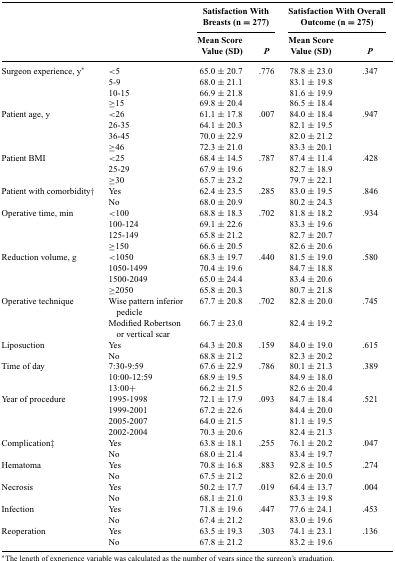
<table><thead><tr><td></td><td></td><td colspan="2"><b>Satisfaction With Breasts (n = 277)</b></td><td colspan="2"><b>Satisfaction With Overall Outcome (n = 275)</b></td></tr><tr><td></td><td></td><td><b>Mean Score Value (SD)</b></td><td><b><i>P</i></b></td><td><b>Mean Score Value (SD)</b></td><td><b><i>P</i></b></td></tr></thead><tbody><tr><td>Surgeon experience, y*</td><td>&lt;5</td><td>65.0 ± 20.7</td><td>.776</td><td>78.8 ± 23.0</td><td>.347</td></tr><tr><td></td><td>5-9</td><td>68.0 ± 21.1</td><td></td><td>83.1 ± 19.8</td><td></td></tr><tr><td></td><td>10-15</td><td>66.9 ± 21.8</td><td></td><td>81.6 ± 19.9</td><td></td></tr><tr><td></td><td>≥15</td><td>69.8 ± 20.4</td><td></td><td>86.5 ± 18.4</td><td></td></tr><tr><td>Patient age, y</td><td>&lt;26</td><td>61.1 ± 17.8</td><td>.007</td><td>84.0 ± 18.4</td><td>.947</td></tr><tr><td></td><td>26-35</td><td>64.1 ± 20.3</td><td></td><td>82.1 ± 19.5</td><td></td></tr><tr><td></td><td>36-45</td><td>70.0 ± 22.9</td><td></td><td>82.0 ± 21.2</td><td></td></tr><tr><td></td><td>≥46</td><td>72.3 ± 21.0</td><td></td><td>83.3 ± 20.1</td><td></td></tr><tr><td>Patient BMI</td><td>&lt;25</td><td>68.4 ± 14.5</td><td>.787</td><td>87.4 ± 11.4</td><td>.428</td></tr><tr><td></td><td>25-29</td><td>67.9 ± 19.6</td><td></td><td>82.7 ± 18.9</td><td></td></tr><tr><td></td><td>≥30</td><td>65.7 ± 23.2</td><td></td><td>79.7 ± 22.1</td><td></td></tr><tr><td>Patient with comorbidity†</td><td>Yes</td><td>62.4 ± 23.5</td><td>.285</td><td>83.0 ± 19.5</td><td>.846</td></tr><tr><td></td><td>No</td><td>68.0 ± 20.9</td><td></td><td>80.2 ± 24.3</td><td></td></tr><tr><td>Operative time, min</td><td>&lt;100</td><td>68.8 ± 18.3</td><td>.702</td><td>81.8 ± 18.2</td><td>.934</td></tr><tr><td></td><td>100-124</td><td>69.1 ± 22.6</td><td></td><td>83.3 ± 19.6</td><td></td></tr><tr><td></td><td>125-149</td><td>65.8 ± 21.2</td><td></td><td>82.7 ± 20.7</td><td></td></tr><tr><td></td><td>≥150</td><td>66.6 ± 20.5</td><td></td><td>82.6 ± 20.6</td><td></td></tr><tr><td>Reduction volume, g</td><td>&lt;1050</td><td>68.3 ± 19.7</td><td>.440</td><td>81.5 ± 19.0</td><td>.580</td></tr><tr><td></td><td>1050-1499</td><td>70.4 ± 19.6</td><td></td><td>84.7 ± 18.8</td><td></td></tr><tr><td></td><td>1500-2049</td><td>65.0 ± 24.4</td><td></td><td>83.4 ± 20.6</td><td></td></tr><tr><td></td><td>≥2050</td><td>65.8 ± 20.3</td><td></td><td>80.7 ± 21.8</td><td></td></tr><tr><td>Operative technique</td><td>Wise pattern inferior pedicle</td><td>67.7 ± 20.8</td><td>.702</td><td>82.8 ± 20.0</td><td>.745</td></tr><tr><td></td><td>Modified Robertson or vertical scar</td><td>66.7 ± 23.0</td><td></td><td>82.4 ± 19.2</td><td></td></tr><tr><td>Liposuction</td><td>Yes</td><td>64.3 ± 20.8</td><td>.159</td><td>84.0 ± 19.0</td><td>.615</td></tr><tr><td></td><td>No</td><td>68.8 ± 21.2</td><td></td><td>82.3 ± 20.2</td><td></td></tr><tr><td>Time of day</td><td>7:30-9:59</td><td>67.6 ± 22.9</td><td>.786</td><td>80.1 ± 21.3</td><td>.389</td></tr><tr><td></td><td>10:00-12:59</td><td>68.9 ± 19.5</td><td></td><td>84.9 ± 18.0</td><td></td></tr><tr><td></td><td>13:00+</td><td>66.2 ± 21.5</td><td></td><td>82.6 ± 20.4</td><td></td></tr><tr><td>Year of procedure</td><td>1995-1998</td><td>72.1 ± 17.9</td><td>.093</td><td>84.7 ± 18.4</td><td>.521</td></tr><tr><td></td><td>1999-2001</td><td>67.2 ± 22.6</td><td></td><td>84.4 ± 20.0</td><td></td></tr><tr><td></td><td>2005-2007</td><td>64.0 ± 21.5</td><td></td><td>81.1 ± 19.5</td><td></td></tr><tr><td></td><td>2002-2004</td><td>70.3 ± 20.6</td><td></td><td>82.4 ± 21.3</td><td></td></tr><tr><td>Complication‡</td><td>Yes</td><td>63.8 ± 18.1</td><td>.255</td><td>76.1 ± 20.2</td><td>.047</td></tr><tr><td></td><td>No</td><td>68.0 ± 21.4</td><td></td><td>83.4 ± 19.7</td><td></td></tr><tr><td>Hematoma</td><td>Yes</td><td>70.8 ± 16.8</td><td>.883</td><td>92.8 ± 10.5</td><td>.274</td></tr><tr><td></td><td>No</td><td>67.5 ± 21.2</td><td></td><td>82.6 ± 20.0</td><td></td></tr><tr><td>Necrosis</td><td>Yes</td><td>50.2 ± 17.7</td><td>.019</td><td>64.4 ± 13.7</td><td>.004</td></tr><tr><td></td><td>No</td><td>68.1 ± 21.0</td><td></td><td>83.3 ± 19.8</td><td></td></tr><tr><td>Infection</td><td>Yes</td><td>71.8 ± 19.6</td><td>.447</td><td>77.6 ± 24.1</td><td>.453</td></tr><tr><td></td><td>No</td><td>67.4 ± 21.2</td><td></td><td>83.0 ± 19.6</td><td></td></tr><tr><td>Reoperation</td><td>Yes</td><td>63.5 ± 19.3</td><td>.303</td><td>74.1 ± 23.1</td><td>.136</td></tr><tr><td></td><td>No</td><td>67.8 ± 21.2</td><td></td><td>83.2 ± 19.6</td><td></td></tr></tbody></table>